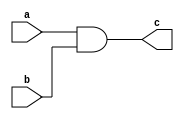
`timescale 1ns/1ps // Specify the timescale

module and1(c, a, b);
  output c; // Output port c
  input a, b; // Input ports a and b
  assign c = a & b; // AND gate implementation: c is the logical AND of a and b
  // you can also use c = AND(a, b);
endmodule